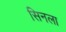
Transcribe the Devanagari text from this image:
सिनला